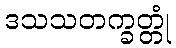
ဒသသတက္ခတ္တုံ